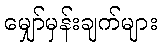
မျှော်မှန်းချက်များ